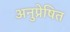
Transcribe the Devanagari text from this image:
अनुप्रेषित